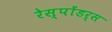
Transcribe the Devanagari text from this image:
रेस्पोंडर्स